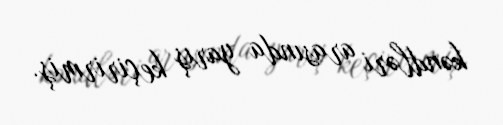
kəndləri arasında yarış keçirirmiş.